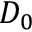
D _ { 0 }